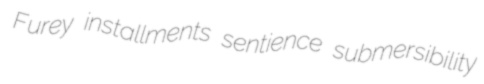
Furey installments sentience submersibility